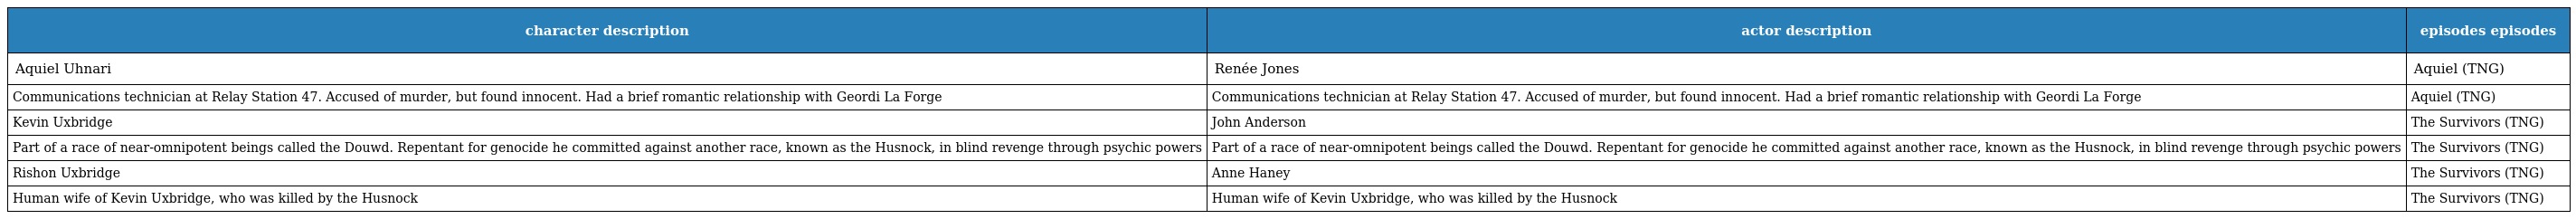
| character description | actor description | episodes episodes |
 | --- | --- | --- |
 | Aquiel Uhnari | Renée Jones | Aquiel (TNG) |
 | Communications technician at Relay Station 47. Accused of murder, but found innocent. Had a brief romantic relationship with Geordi La Forge | Communications technician at Relay Station 47. Accused of murder, but found innocent. Had a brief romantic relationship with Geordi La Forge | Aquiel (TNG) |
 | Kevin Uxbridge | John Anderson | The Survivors (TNG) |
 | Part of a race of near-omnipotent beings called the Douwd. Repentant for genocide he committed against another race, known as the Husnock, in blind revenge through psychic powers | Part of a race of near-omnipotent beings called the Douwd. Repentant for genocide he committed against another race, known as the Husnock, in blind revenge through psychic powers | The Survivors (TNG) |
 | Rishon Uxbridge | Anne Haney | The Survivors (TNG) |
 | Human wife of Kevin Uxbridge, who was killed by the Husnock | Human wife of Kevin Uxbridge, who was killed by the Husnock | The Survivors (TNG) |